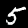
Digit: 5